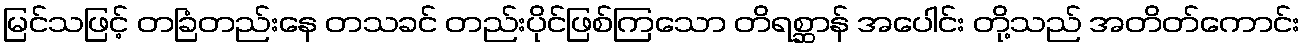
မြင်သဖြင့် တခြံတည်းနေ တသခင် တည်းပိုင်ဖြစ်ကြသော တိရစ္ဆာန် အပေါင်း တို့သည် အတိတ်ကောင်း